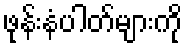
ဖုန်းနံပါတ်များကို